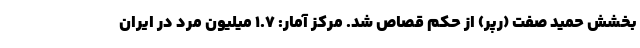
بخشش حمید صفت (رپر) از حکم قصاص شد. مرکز آمار: ۱.۷ میلیون مرد در ایران